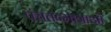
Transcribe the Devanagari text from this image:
पंचतन्मात्राओं